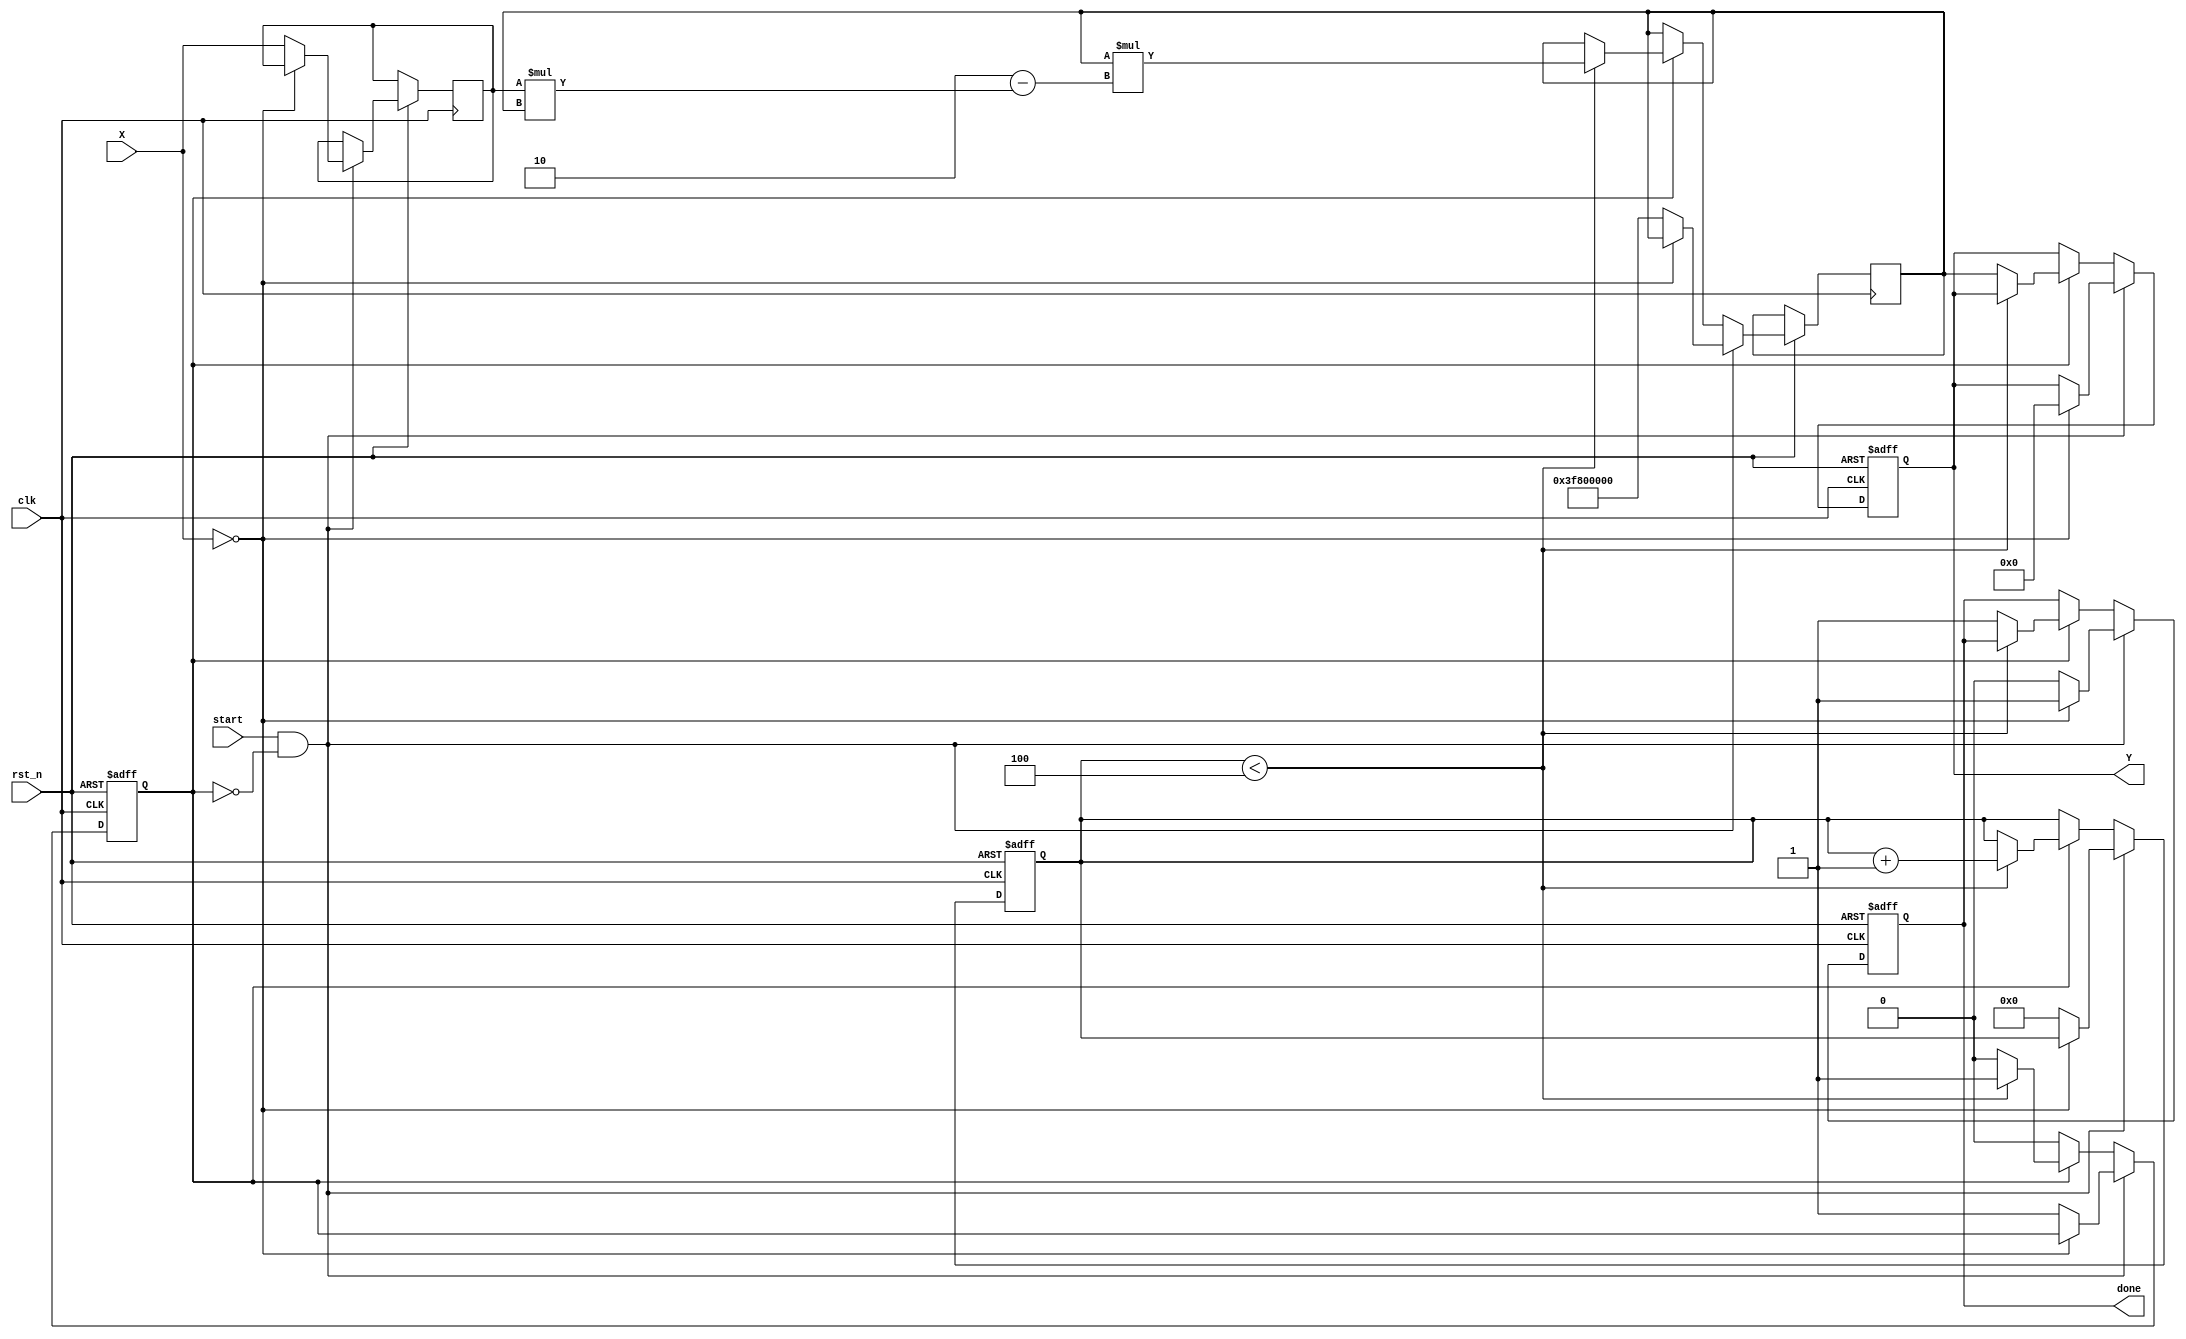
module DirectReciprocalUnit (
    input wire clk,
    input wire rst_n,
    input wire start,
    input wire [31:0] X, // Input value (fixed-point representation)
    output reg [31:0] Y, // Reciprocal output
    output reg done // Indicates when the computation is complete
);

    // Internal states
    reg [31:0] x_reg;
    reg [31:0] approx;
    reg [3:0] count;
    reg computing;

    // Constants
    localparam MAX_ITERATIONS = 4; // Number of iterations for Newton-Raphson

    // Pre-processing logic
    always @(posedge clk or negedge rst_n) begin
        if (!rst_n) begin
            done <= 0;
            computing <= 0;
            count <= 0;
            Y <= 32'b0;
        end else begin
            if (start && !computing) begin
                // Check for special cases
                if (X == 32'b0) begin
                    Y <= 32'b0; // Handle division by zero
                    done <= 1;
                end else begin
                    // Initialize for computation
                    x_reg <= X;
                    approx <= 32'h3F800000; // Initial approximation (1.0 in IEEE 754)
                    count <= 0;
                    computing <= 1;
                    done <= 0;
                end
            end else if (computing) begin
                // Newton-Raphson iteration
                if (count < MAX_ITERATIONS) begin
                    approx <= approx * (2 - (x_reg * approx)); // Newton-Raphson update
                    count <= count + 1;
                end else begin
                    Y <= approx; // Final result
                    done <= 1; // Indicate completion
                    computing <= 0; // Reset computing state
                end
            end
        end
    end

endmodule